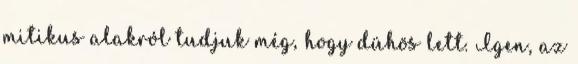
mitikus alakról tudjuk még, hogy dühös lett. Igen, az